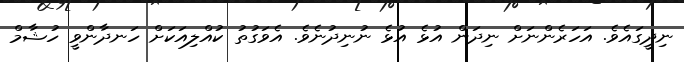
ނިދީގައެވެ. އަހަރެންނަށް ނިދަން އުޅެ އުޅެ ނުނިދުނެވެ. އެވަގުތު ކުއްލިއަކަށް ހަނދާންވީ ހުޝާމް